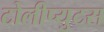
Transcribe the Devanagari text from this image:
टोलीप्युटस